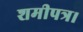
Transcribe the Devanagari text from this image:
शमीपत्र।